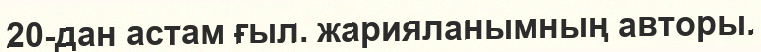
20-дан астам ғыл. жарияланымның авторы.